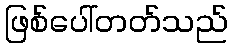
ဖြစ်ပေါ်တတ်သည်